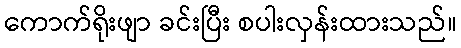
ကောက်ရိုးဖျာ ခင်းပြီး စပါးလှန်းထားသည်။